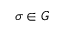
\sigma \in G